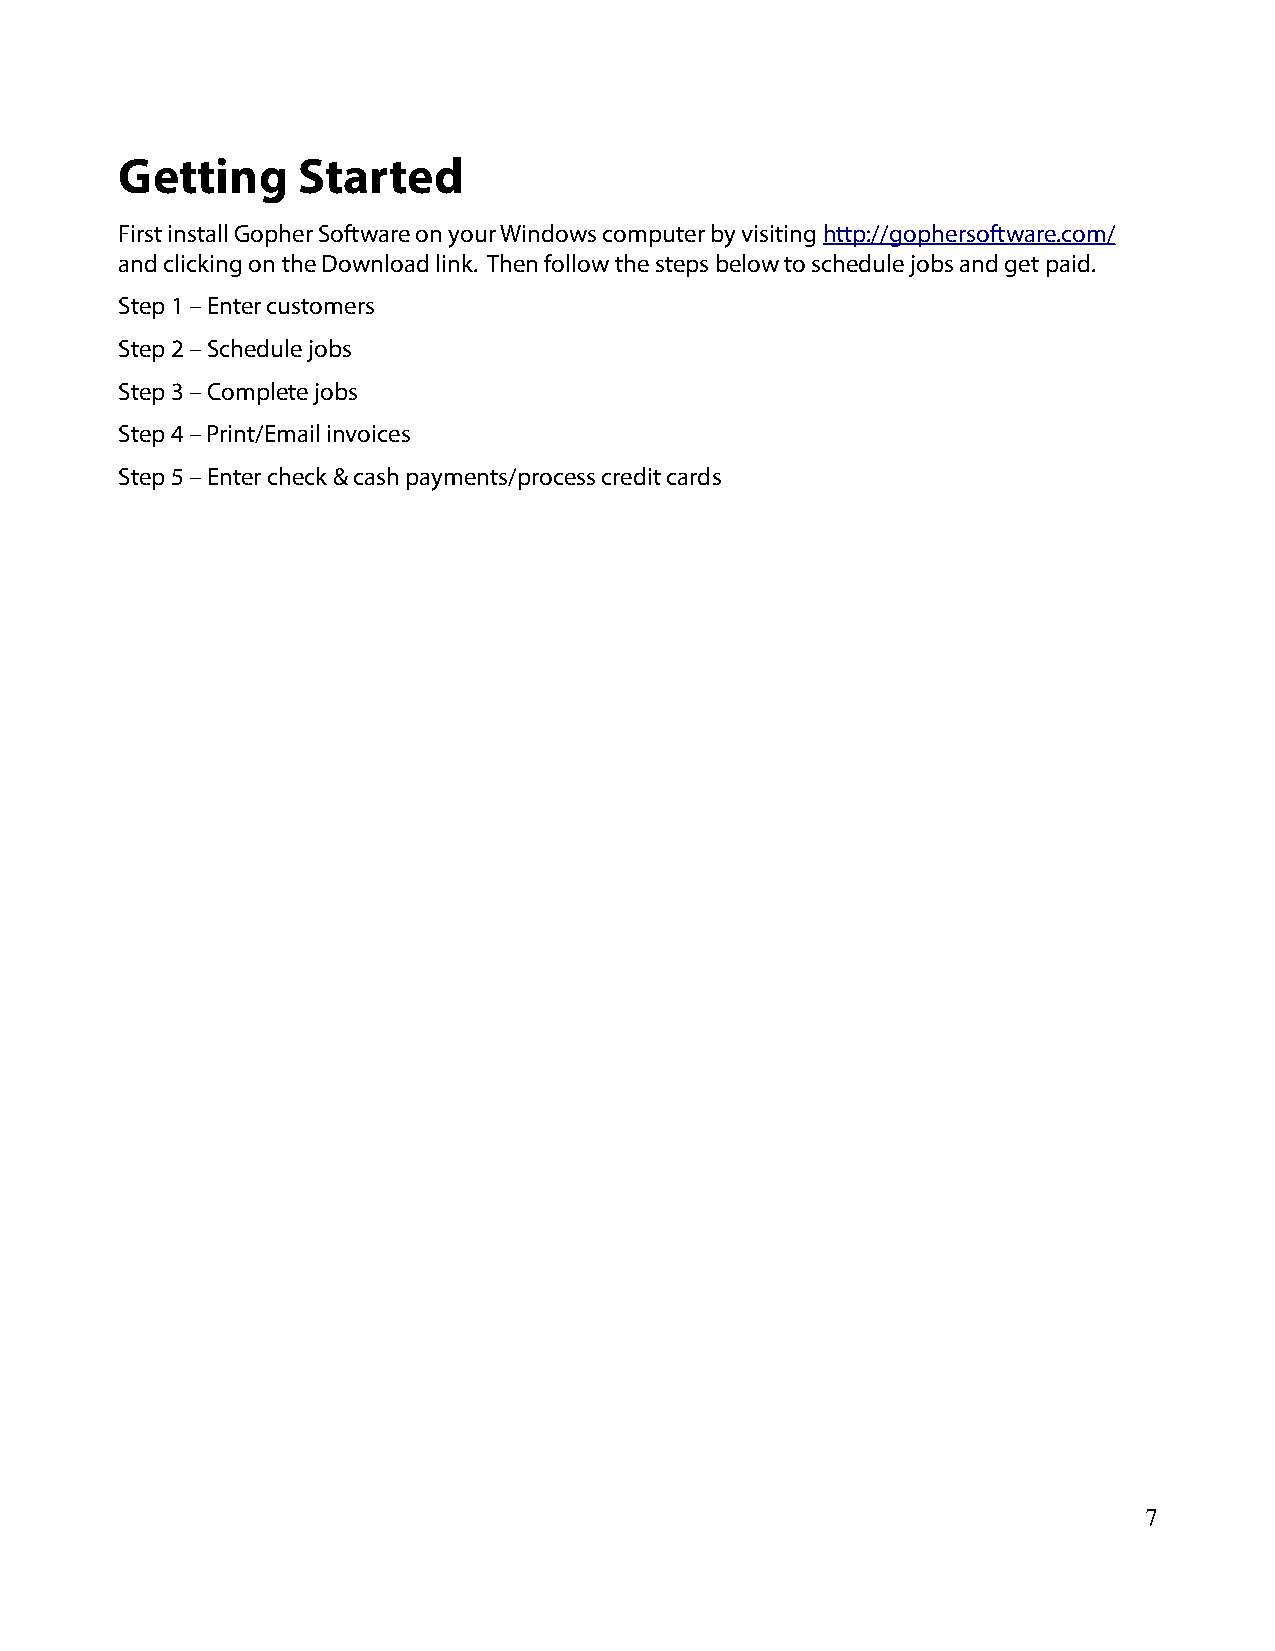
Getting     Started
 First install Gopher Software on your Windows computer by visiting http://gophersoftware.com/
 and clicking on the Download link. Then follow the steps below to schedule jobs and get paid.
 Step 1 – Enter customers
 Step 2 – Schedule jobs
 Step 3 – Complete jobs
 Step 4 – Print/Email invoices
 Step 5 – Enter check & cash payments/process credit cards
 7